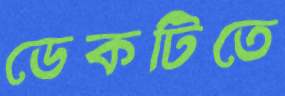
ডেকটিতে